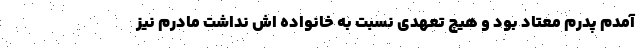
آمدم پدرم معتاد بود و هیچ تعهدی نسبت به خانواده اش نداشت مادرم نیز